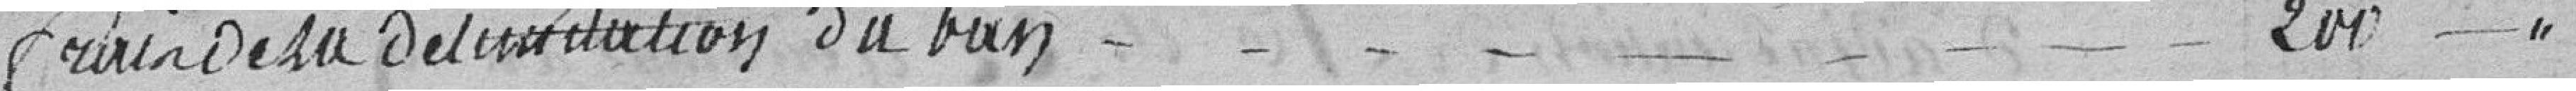
frais de la délimitation du ban 200